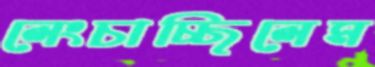
লেংচাচ্ছিলেম